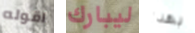
اقوله ليبارك بهذا